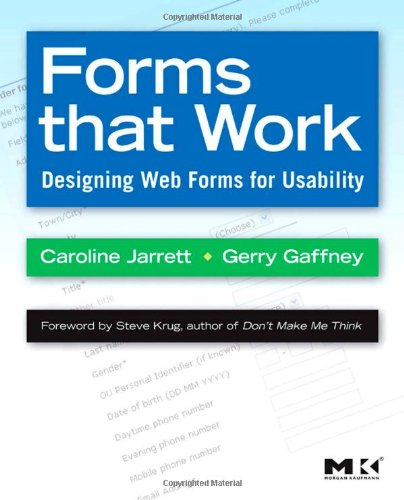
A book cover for Forms that Work: Designing Web Forms for Usability (Interactive Technologies); Caroline Jarrett; Computers & Technology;